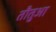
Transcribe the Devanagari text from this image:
तौतुआ